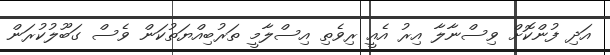
އަދި ފުންކޮށް ވިސްނާލާ އިރު އެއީ ރިވެތި އިސްލާމީ ތަރުބިއްޔަތުކަން ވެސް ގަބޫލުކުރަން